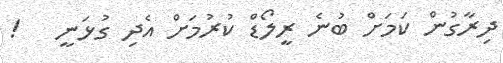
ދިރާގުން ކަމަށް ބުނެ ރީލޯޑް ކުރުމަށް އެދި ގުޅަނީ   !